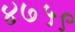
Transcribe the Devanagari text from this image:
४७५९